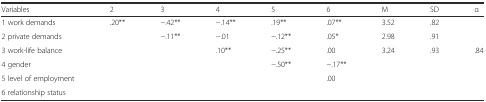
| Variables | 2 | 3 | 4 | 5 | 6 | M | SD | α |
 | --- | --- | --- | --- | --- | --- | --- | --- | --- |
 | 1 work demands | .20** | −.42** | −.14** | .19** | .07** | 3.52 | .82 |  |
 | 2 private demands |  | −.11** | −.01 | −.12** | .05* | 2.98 | .91 |  |
 | 3 work-life balance |  |  | .10** | −.25** | .00 | 3.24 | .93 | .84 |
 | 4 gender |  |  |  | −.50** | −.17** |  |  |  |
 | 5 level of employment |  |  |  |  | .00 |  |  |  |
 | 6 relationship status |  |  |  |  |  |  |  |  |